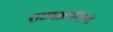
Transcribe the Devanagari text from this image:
राज्यक्रान्तियों